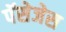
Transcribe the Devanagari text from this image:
पॅसेजेस